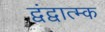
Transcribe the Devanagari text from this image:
द्वंद्वात्म्क